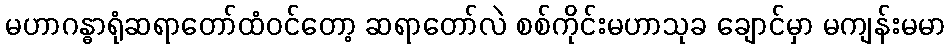
မဟာဂန္ဓာရုံဆရာတော်ထံဝင်တော့ ဆရာတော်လဲ စစ်ကိုင်းမဟာသုခ ချောင်မှာ မကျန်းမမာ